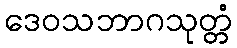
ဒေဝသဘာဂသုတ္တံ